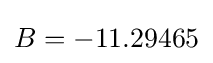
B=-11.29465